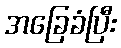
အခြေခံပြီး